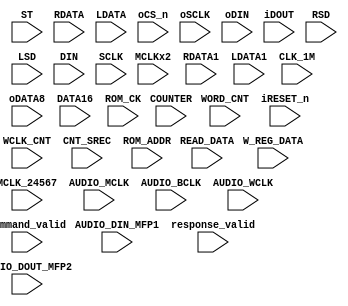

module  TP ( 
input MCLKx2 , 
input [7:0]   ST,
input [7:0]   COUNTER ,
input [15:0]  W_REG_DATA,
input [7:0]   WORD_CNT,
input [15:0]  READ_DATA, 

input  [32:0]RDATA ,  
input [32:0]RDATA1 ,  
input  [32:0]LDATA , 
input  [32:0]LDATA1 ,


input iRESET_n,
input  oCS_n   ,
input  oSCLK  ,
input  oDIN  , 
input  iDOUT, 
input  CLK_1M, 
input  [7:0] oDATA8 , 

input MCLK_24567, 
input AUDIO_MCLK,  	            
input AUDIO_BCLK,
input AUDIO_WCLK,

input AUDIO_DIN_MFP1 ,
input AUDIO_DOUT_MFP2,
input  [15:0]WCLK_CNT,
input RSD  , 
input LSD ,
input command_valid,
input response_valid ,
input [7:0 ] CNT_SREC ,
input [15:0 ] DATA16 ,
input [10:0 ] ROM_ADDR ,
input ROM_CK,

input DIN ,
input SCLK 

);
endmodule